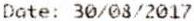
DATE: 30/08/2017